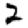
Digit: 2